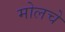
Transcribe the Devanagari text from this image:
मोलचे